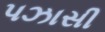
પઝાસી